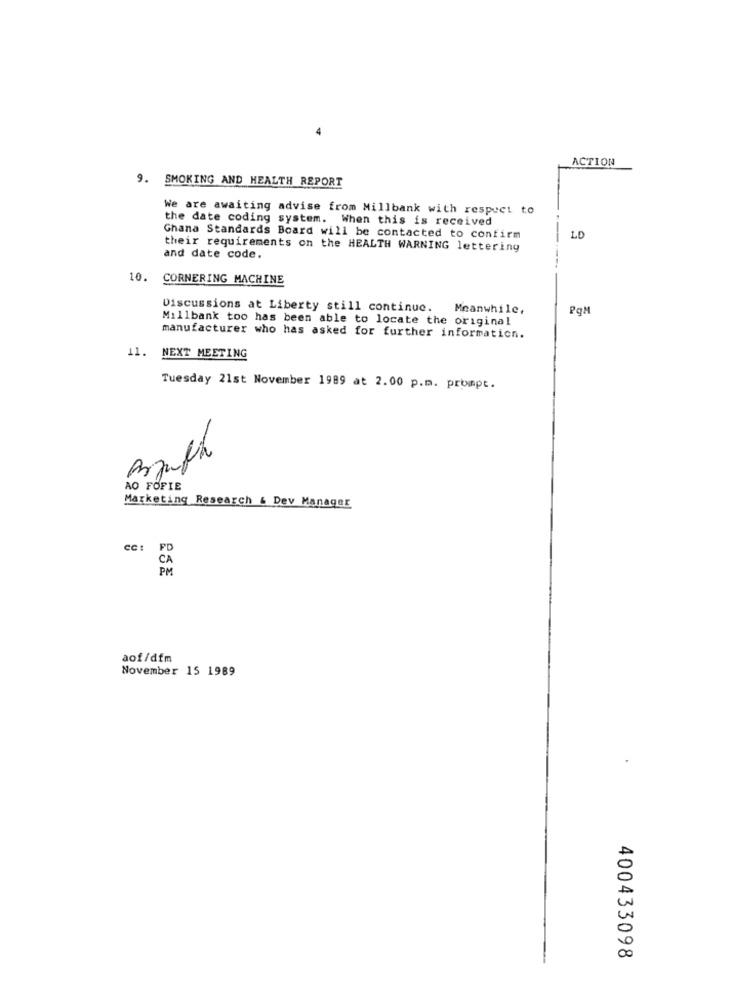
ACTION
9. SMOKING AND HEALTH REPORT
We are awaiting advise from Millbank with respect to
the date coding system. When this is received
Ghana Standards Board will be contacted to confirm
LD
their requirements on the HEALTH WARNING lettering
and date code.
10.
CORNERING MACHINE
Discussions at Liberty still continue.
Meanwhile,
PqM
Millbank too has been able to locate the original
manufacturer who has asked for further information.
11. NEXT MEETING
Tuesday 21st November 1989 at 2.00 p.m. prompt.
AO FOFIE
Marketing Research & Dev Manager
CC :
aof/dfm
November 15 1989
400433098